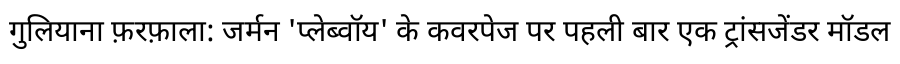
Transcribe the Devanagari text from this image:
गुलियाना फ़रफ़ाला: जर्मन 'प्लेब्वॉय' के कवरपेज पर पहली बार एक ट्रांसजेंडर मॉडल